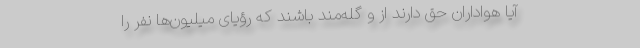
آیا هواداران حق دارند از و گله‌مند باشند که رؤیای میلیون‌ها نفر را